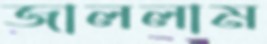
জাললাম